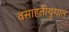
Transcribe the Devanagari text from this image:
वसाहतीयुगात